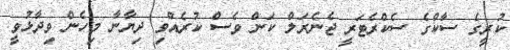
ކުރީގެ ސާކްގެ ސެކްރެޓަރީ ޖެނެރަލް ކަން ވެސް ކުރެއްވި ދިޔާނާ މިހެން ވިދާޅުވީ